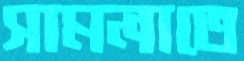
সামলাতে